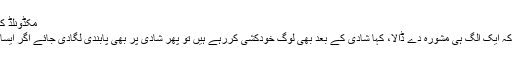
مکڈونلڈ کے ہیپی میل سے ایسا کیا نکل آیا کہ خریدار ہیپی ہونے…
ایک شخص تو پی ٹی اے کے فیصلے سے اتنا مایوس ہوا کہ ایک الگ ہی مشورہ دے ڈالا، کہا شادی کے بعد بھی لوگ خودکشی کررہے ہیں تو پھر شادی پر بھی پابندی لگادی جائے اگر ایسا لگتا ہے پب جی کھیلنے سے لوگ خود کشی کررہے ہیں۔